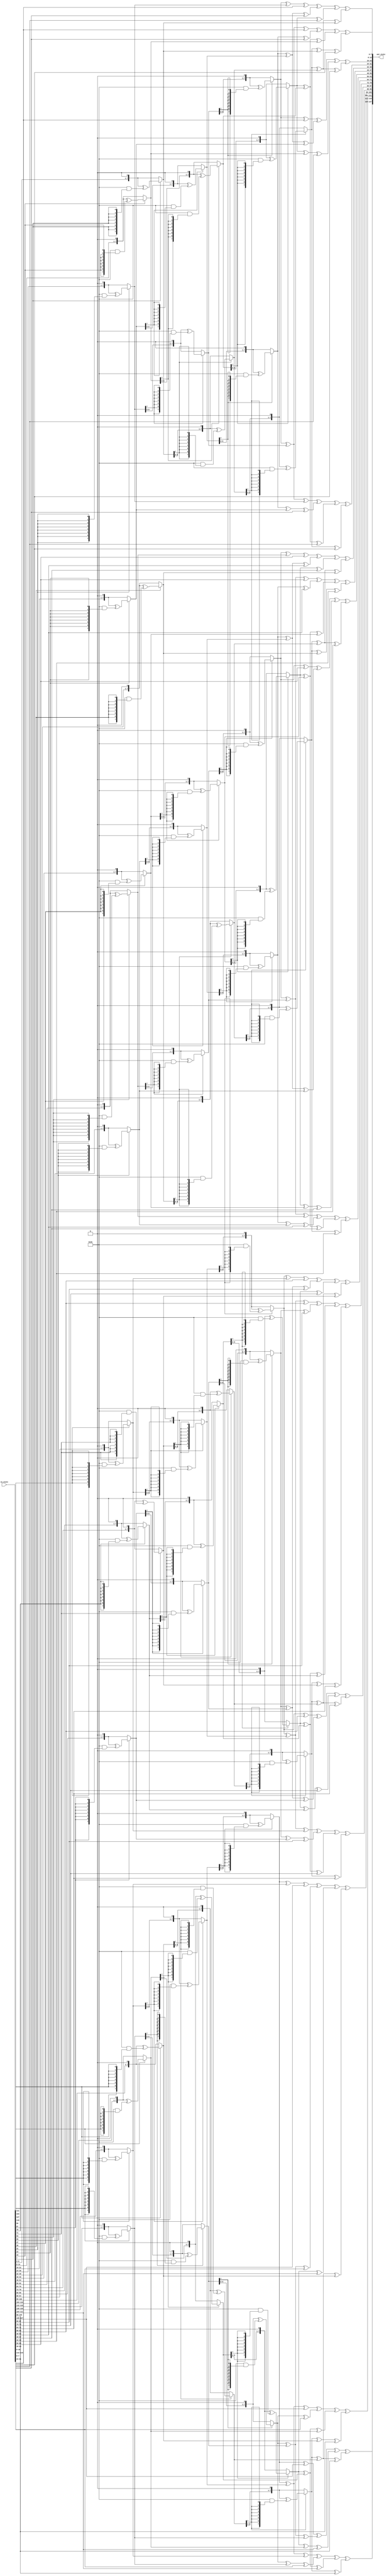
module InvMix(input[0:127] in_state,output[0:127] out_state);
wire[0:7] ewire =8'h0e; 
wire[0:7] dwire =8'h0d;
wire[0:7] bwire =8'h0b;
wire[0:7] wire9 =8'h09;

function automatic [0:7] multiply_2(input[0:7] in_byte,input integer n);
integer i;  
begin 
for(i = 0;i < n; i=i+1) begin
  if(in_byte[0]) begin
      in_byte = {in_byte[1:7], 1'b0} ^ (8'h1b & {8{in_byte[0]}});
   end
else in_byte = {in_byte[1:7],in_byte[0]};
end
multiply_2 = in_byte;
end
endfunction

function[0:7] product(input[0:7] i_byte,input[0:7] element);
begin
     if(element == 8'h0e) begin
        product = multiply_2(i_byte,3) ^ multiply_2(i_byte,2) ^ multiply_2(i_byte,1);
end

else if(element == 8'h0b) begin
        product = multiply_2(i_byte,3) ^ multiply_2(i_byte,1) ^ i_byte;
end

else if(element == 8'h0d) begin
        product = multiply_2(i_byte,3) ^ multiply_2(i_byte,2) ^ i_byte;
end

else begin //if 8'h09 but it's written else due to non interfering latches
       product = multiply_2(i_byte,3) ^ i_byte;
end
end
endfunction

genvar i;
generate
for(i=0;i<4;i=i+1) begin: multi
  assign out_state[(i*32) +:8]      = product(in_state[(i*32)+:8],ewire) ^  product(in_state[(i*32 +8)+:8],bwire) ^ product(in_state[(i*32 + 16)+:8],dwire) ^ product(in_state[(i*32 + 24)+:8],wire9);
  assign out_state[(i*32 + 8)+:8]   = product(in_state[(i*32)+:8],wire9) ^  product(in_state[(i*32 +8)+:8],ewire) ^ product(in_state[(i*32 + 16)+:8],bwire) ^ product(in_state[(i*32 + 24)+:8],dwire);
  assign out_state[(i*32 + 16)+:8]  = product(in_state[(i*32)+:8],dwire) ^  product(in_state[(i*32 +8)+:8],wire9) ^ product(in_state[(i*32 + 16)+:8],ewire) ^ product(in_state[(i*32 + 24)+:8],bwire);
  assign out_state[(i*32 + 24)+:8]  = product(in_state[(i*32)+:8],bwire) ^  product(in_state[(i*32 +8)+:8],dwire) ^ product(in_state[(i*32 + 16)+:8],wire9) ^ product(in_state[(i*32 + 24)+:8],ewire);
end
endgenerate
endmodule